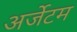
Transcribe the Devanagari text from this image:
अर्जेटम